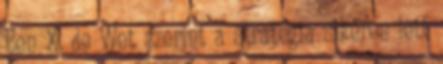
Ben X. de Wet szerint a stratégia sikeres lett